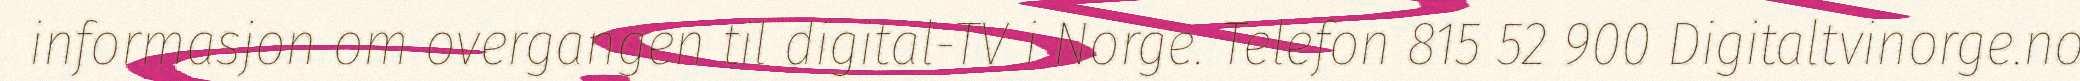
informasjon om overgangen til digital-TV i Norge. Telefon 815 52 900 Digitaltvinorge.no